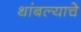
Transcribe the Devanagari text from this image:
थांबल्याचे